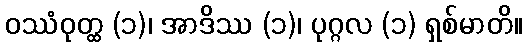
ဝဿံဝုတ္ထ (၁)၊ အာဒိဿ (၁)၊ ပုဂ္ဂလ (၁) ရှစ်မာတိ။